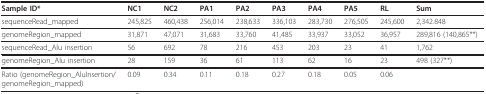
| Sample ID* | NC1 | NC2 | PA1 | PA2 | PA3 | PA4 | PA5 | RL | Sum |
 | --- | --- | --- | --- | --- | --- | --- | --- | --- | --- |
 | sequenceRead_mapped | 245,825 | 460,438 | 256,014 | 238,633 | 336,103 | 283,730 | 276,505 | 245,600 | 2,342.848 |
 | genomeRegion_mapped | 31,871 | 47,071 | 31,683 | 33,760 | 41,485 | 33,937 | 33,052 | 36,957 | 289,816 (140,865**) |
 | sequenceRead_Alu insertion | 56 | 692 | 78 | 216 | 453 | 203 | 23 | 41 | 1,762 |
 | genomeRegion_Alu insertion | 28 | 159 | 36 | 61 | 113 | 62 | 16 | 23 | 498 (327**) |
 | Ratio (genomeRegion_AluInsertion/genomeRegion_mapped) | 0.09 | 0.34 | 0.11 | 0.18 | 0.27 | 0.18 | 0.05 | 0.06 |  |